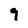
Character: 9